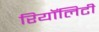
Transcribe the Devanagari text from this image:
रियॉलिटी